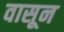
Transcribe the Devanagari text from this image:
वासून